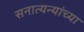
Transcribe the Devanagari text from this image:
सनात्यन्यांच्या